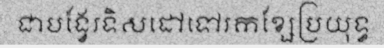
ជាបង្វែរទិសដៅទៅរកខ្សែប្រយុទ្ធ